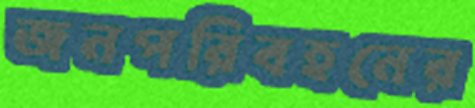
জনপরিবহনের